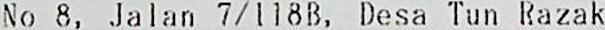
NO 8, JALAN 7/118B, DESA TUN RAZAK